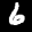
Label: 6